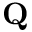
\mathbf { Q }